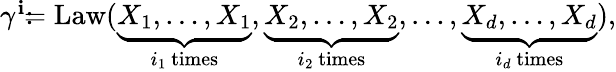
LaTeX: \begin{array}{r}{\gamma^{\mathbf{i}}\colon\! \! \! =\operatorname{Law}(\underbrace{X_{1},\dots,X_{1}}_{i_{1}\mathrm{~times}},\underbrace{X_{2},\dots,X_{2}}_{i_{2}\mathrm{~times}},\dots,\underbrace{X_{d},\dots,X_{d}}_{i_{d}\mathrm{~times}}),}\end{array}